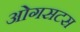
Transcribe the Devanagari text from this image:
ओगसटस